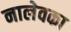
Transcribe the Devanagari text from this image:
नालेवका